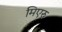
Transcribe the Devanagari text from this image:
मिएरु